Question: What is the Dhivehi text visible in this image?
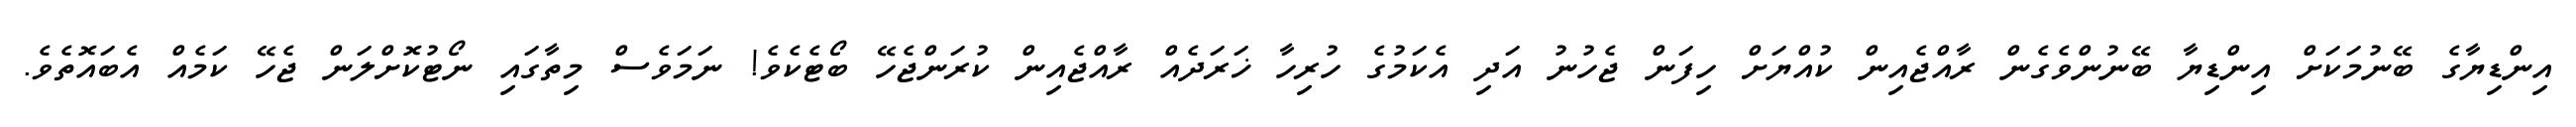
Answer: އިންޑިޔާގެ ބޭނުމަކަށް އިންޑިޔާ ބޭނުންވެގެން ރާއްޖެއިން ކުއްޔަށް ހިފަން ޖެހުނު އަދި އެކަމުގެ ހުރިހާ ޚަރަދެއް ރާއްޖެއިން ކުރަންޖެހޭ ބޯޓެކެވެ! ނަމަވެސް މިތާގައި ނޯޓުކޮށްލަން ޖެހޭ ކަމެއް އެބައޮތެވެ.